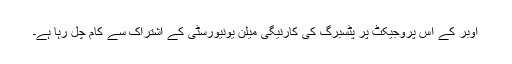
اوبر کے اس پروجیکٹ پر پٹسبرگ کی کارنیگی میلن یونیورسٹی کے اشتراک سے کام چل رہا ہے۔